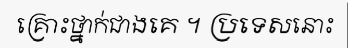
គ្រោះថ្នាក់ជាងគេ ។ ប្រទេសនោះ